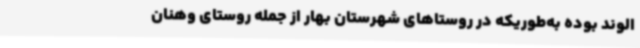
الوند بوده به‌طوریکه در روستاهای شهرستان بهار از جمله روستای وهنان